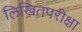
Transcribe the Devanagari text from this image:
लिखितपरीक्षा